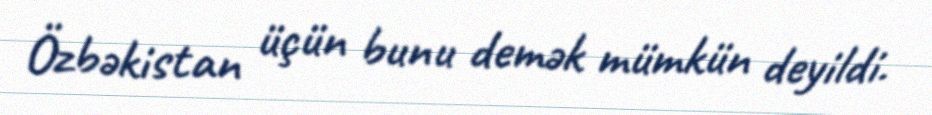
Özbəkistan üçün bunu demək mümkün deyildi.